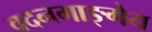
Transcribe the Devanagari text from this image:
वदनगाङ्गेय